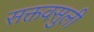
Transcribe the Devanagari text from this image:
सक्तवसुली